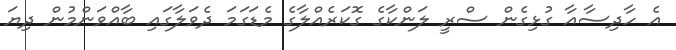
އެ ހާދިސާއާ ގުޅިގެން ސްރީ ލަންކާގެ ގޮކަރެއްލާގެ މެޑަގަމަ ދެވަލާގައި ބާއްވަންމުން ދިޔަ